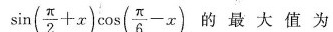
$$in( \frac{ \pi }{2}+x) \cos ( \frac{ \pi }{6}-x)$$ 的最大值为